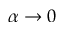
\alpha \to 0